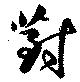
對